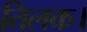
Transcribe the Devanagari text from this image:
तिलक।